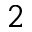
^ 2